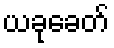
ယခုခေတ်